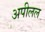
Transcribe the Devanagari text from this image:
अपीलल